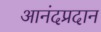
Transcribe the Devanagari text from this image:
आनंदप्रदान